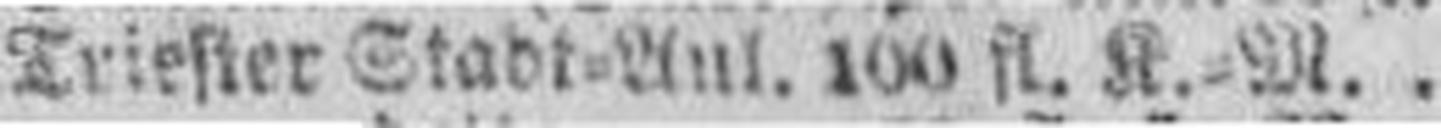
Triefler Stadt=Anl. 100 fl. K.=M.